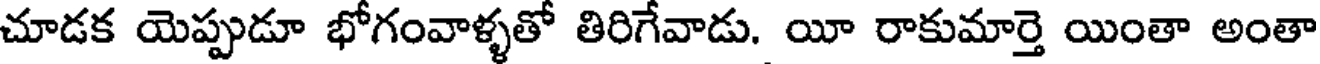
చూడక యెప్పుడూ భోగంవాళ్ళతో తిరిగేవాడు. యీ రాకుమార్తె యింతా అంతా